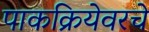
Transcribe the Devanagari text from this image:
पाकक्रियेवरचे